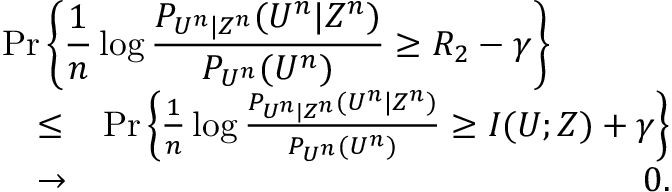
\begin{array} { r l r } { \lefteqn { \operatorname* { P r } \left\{ \frac { 1 } { n } \log \frac { P _ { U ^ { n } | Z ^ { n } } ( U ^ { n } | Z ^ { n } ) } { P _ { U ^ { n } } ( U ^ { n } ) } \ge R _ { 2 } - \gamma \right\} } } \\ & { \le } & { \operatorname* { P r } \left\{ \frac { 1 } { n } \log \frac { P _ { U ^ { n } | Z ^ { n } } ( U ^ { n } | Z ^ { n } ) } { P _ { U ^ { n } } ( U ^ { n } ) } \ge I ( U ; Z ) + \gamma \right\} } \\ & { \to } & { 0 . } \end{array}